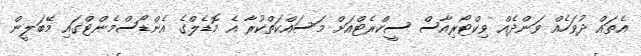
އެތައް ދުވަހެއް ވަންދެއް ވިކްޓޯރިއާސް ސީކްރެޓްއަށް މަސައްކަތްކުރާ އެ މޮޑެލްގެ އެންޑޯސްމެންޓްގައި މޭބަލީން